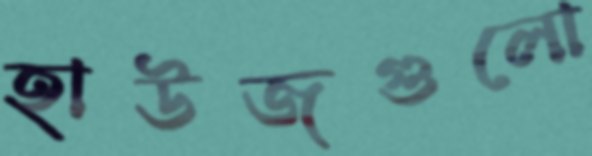
হাউজগুলো